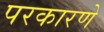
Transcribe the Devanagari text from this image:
परकारणे